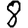
Digit: 8